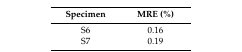
<table><thead><tr><td><b>Specimen</b></td><td><b>MRE (%)</b></td></tr></thead><tbody><tr><td>S6</td><td>0.16</td></tr><tr><td>S7</td><td>0.19</td></tr></tbody></table>